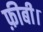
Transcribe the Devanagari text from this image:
फ़ीबी।